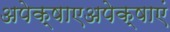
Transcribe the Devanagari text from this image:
अपेक्षाएअपेक्षाएं